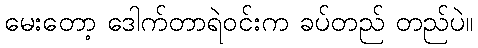
မေးတော့ ဒေါက်တာရဲဝင်းက ခပ်တည် တည်ပဲ။